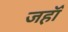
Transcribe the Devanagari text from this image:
जहॉँ